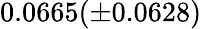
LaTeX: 0.0665(\pm 0.0628)